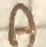
Text: A